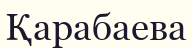
Қарабаева